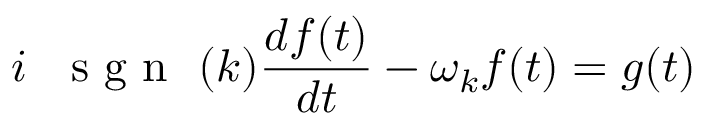
i \; \mathrm { ~ \mathrm { ~ s ~ g ~ n ~ } ~ } ( k ) \frac { d f ( t ) } { d t } - \omega _ { k } f ( t ) = g ( t )